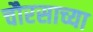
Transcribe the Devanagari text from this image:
चौरसाच्या